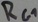
Text: RG1